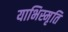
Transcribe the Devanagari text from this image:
याभिस्मृति